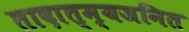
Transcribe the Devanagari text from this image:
तादात्म्यजनित